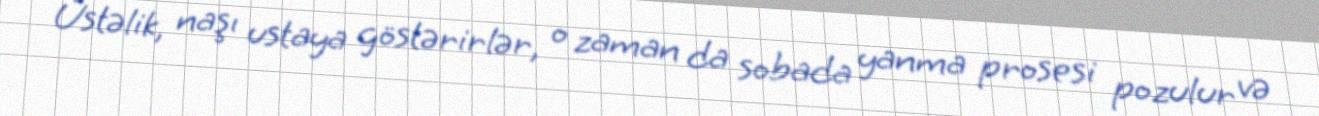
Üstəlik, naşı ustaya göstərirlər, o zaman da sobada yanma prosesi pozulur və